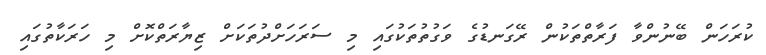
ކުރަހަން ބޭނުންވާ ފަރާތްތަކުން ރޭގަނޑުގެ ވަގުތުތަކުގައި މި ސަރަހަށްދުތަކަށް ޒިޔާރަތްކޮށް މި ހަރަކާތުގައި